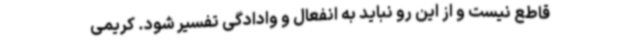
قاطع نیست و از این رو نباید به انفعال و وادادگی تفسیر شود. کریمی